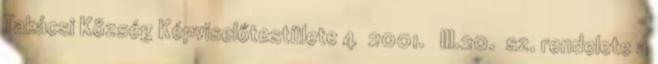
Takácsi Község Képviselőtestülete 4 2001. III.20. sz. rendelete a